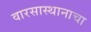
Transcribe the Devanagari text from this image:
वारसास्थानाचा